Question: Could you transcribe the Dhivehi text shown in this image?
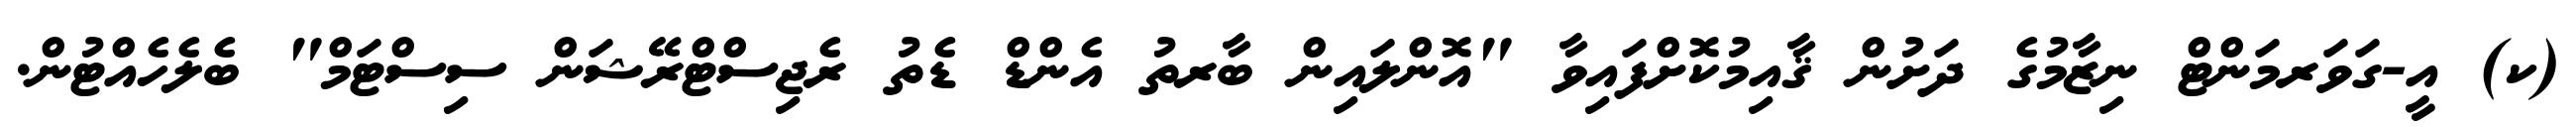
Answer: (ކ) އީ-ގަވަރމަންޓް ނިޒާމުގެ ދަށުން ޤާއިމުކޮށްފައިވާ "އޮންލައިން ބާރތު އެންޑް ޑެތު ރެޖިސްޓްރޭޝަން ސިސްޓަމް" ބެލެހެއްޓުން.